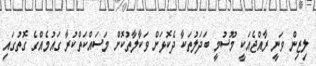
ލިޒިން ވަނީ ރާއްޖެއަކީ މޫސުމީ ބަދަލުތަކާ ދެކޮޅަށް ވަކާލާތުކޮށް މަސައްކަތްކުރާ ގައުމެއްގެ ގޮތުގައި